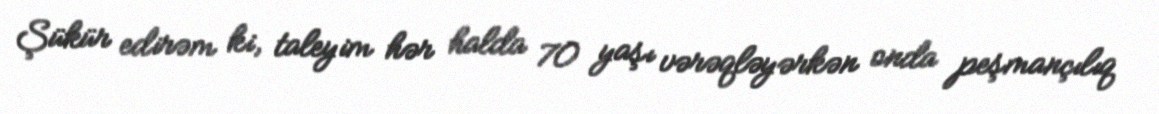
Şükür edirəm ki, taleyim hər halda 70 yaşı vərəqləyərkən onda peşmançılıq